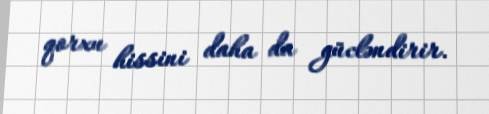
qorxu hissini daha da gücləndirir.